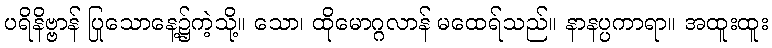
ပရိနိဗ္ဗာန် ပြုသောနေ့၌ကဲ့သို့။ သော၊ ထိုမောဂ္ဂလာန် မထေရ်သည်။ နာနပ္ပကာရာ။ အထူးထူး